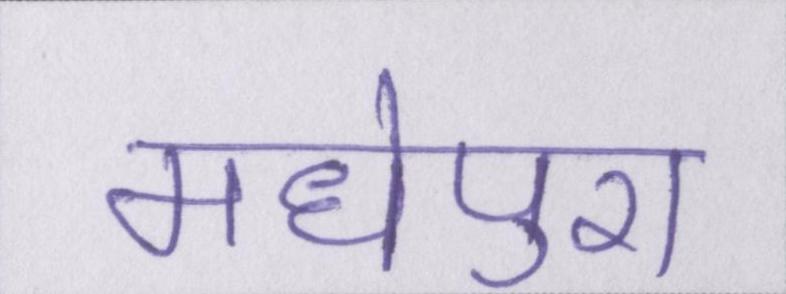
मधेपुरा